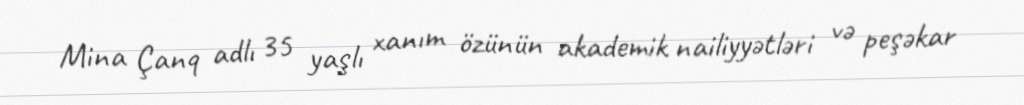
Mina Çanq adlı 35 yaşlı xanım özünün akademik nailiyyətləri və peşəkar